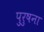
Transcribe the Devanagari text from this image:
पुरुषना